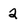
Character: 2